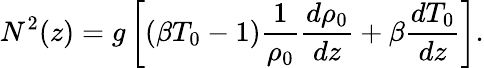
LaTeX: N^{2}(z)=g\left[\left(\beta T_{0}-1\right)\frac{1}{\rho_{0}}\frac{d\rho_{0}}{dz}+\beta\frac{dT_{0}}{dz}\right].